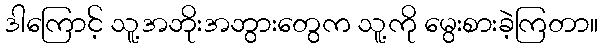
ဒါကြောင့် သူ့အဘိုးအဘွားတွေက သူ့ကို မွေးစားခဲ့ကြတာ။